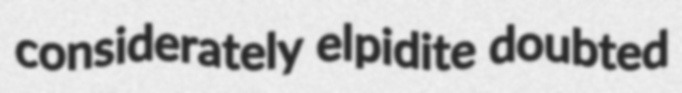
considerately elpidite doubted